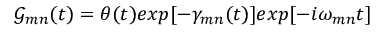
\mathscr { G } _ { m n } ( t ) = \theta ( t ) e x p [ - \gamma _ { m n } ( t ) ] e x p [ - i \omega _ { m n } t ]